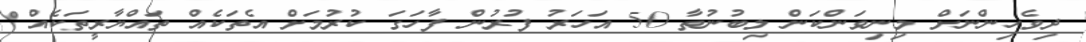
ދިވެހިންނަށް މިނިވަންކަން ލިބުނުތާ 50 އަހަރު ފުރުން ފާހަގަ ކުރުމަށް އެތަކެއް ތައްޔާރީތަކެއް